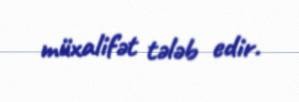
müxalifət tələb edir.